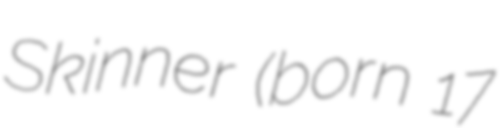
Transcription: Skinner (born 17